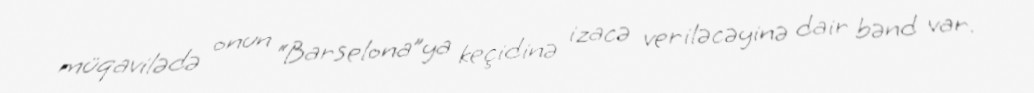
müqavilədə onun “Barselona”ya keçidinə izacə veriləcəyinə dair bənd var.